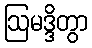
ဩမဒ္ဒိတွာ